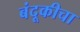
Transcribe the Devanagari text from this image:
बंदूकीचा